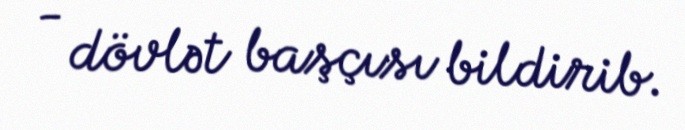
- dövlət başçısı bildirib.